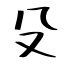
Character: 殳